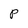
Character: P